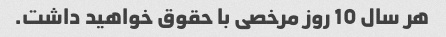
هر سال 10 روز مرخصی با حقوق خواهید داشت.